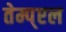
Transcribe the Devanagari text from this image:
तेम्प्एल